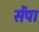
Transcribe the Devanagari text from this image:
सेंपा